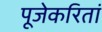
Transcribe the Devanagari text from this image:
पूजेकरितां